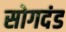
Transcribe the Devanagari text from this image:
सोगदंड